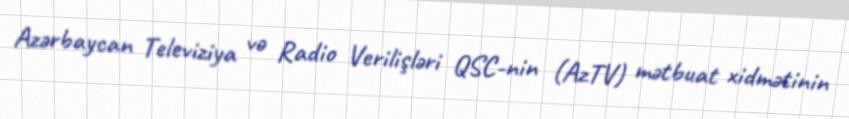
Azərbaycan Televiziya və Radio Verilişləri QSC-nin (AzTV) mətbuat xidmətinin